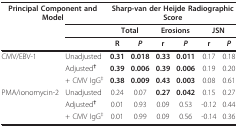
<table><thead><tr><td colspan="2"><b>Principal Component and Model</b></td><td colspan="6"><b>Sharp-van der Heijde Radiographic Score</b></td></tr><tr><td></td><td></td><td colspan="2"><b>Total</b></td><td colspan="2"><b>Erosions</b></td><td colspan="2"><b>JSN</b></td></tr><tr><td></td><td></td><td><b>R</b></td><td><b><i>P</i></b></td><td><b>r</b></td><td><b><i>P</i></b></td><td><b>r</b></td><td><b><i>P</i></b></td></tr></thead><tbody><tr><td>CMV/EBV-1</td><td>Unadjusted</td><td><b>0.31</b></td><td><b>0.018</b></td><td><b>0.33</b></td><td><b>0.011</b></td><td>0.17</td><td>0.18</td></tr><tr><td></td><td>Adjusted<b><sup>†</sup></b></td><td><b>0.39</b></td><td><b>0.006</b></td><td><b>0.39</b></td><td><b>0.006</b></td><td>0.19</td><td>0.20</td></tr><tr><td></td><td>+ CMV IgG<sup>‡</sup></td><td><b>0.38</b></td><td><b>0.009</b></td><td><b>0.43</b></td><td><b>0.003</b></td><td>0.08</td><td>0.61</td></tr><tr><td>PMA/ionomycin-2</td><td>Unadjusted</td><td>0.24</td><td>0.07</td><td><b>0.27</b></td><td><b>0.042</b></td><td>0.15</td><td>0.27</td></tr><tr><td></td><td>Adjusted<b><sup>†</sup></b></td><td>0.01</td><td>0.93</td><td>0.09</td><td>0.53</td><td>-0.12</td><td>0.44</td></tr><tr><td></td><td>+ CMV IgG<sup>‡</sup></td><td>0.01</td><td>0.99</td><td>0.09</td><td>0.56</td><td>-0.14</td><td>0.36</td></tr></tbody></table>